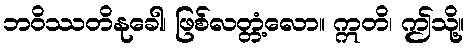
ဘဝိဿတိနုခေါ၊ ဖြစ်လတ္တံ့လော။ ဣတိ၊ ဤသို့။